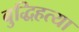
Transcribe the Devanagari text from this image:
बुद्धिहत्या